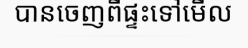
បានចេញពីផ្ទះទៅមើល